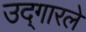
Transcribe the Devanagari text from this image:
उद्‌गारले